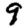
Digit: 9